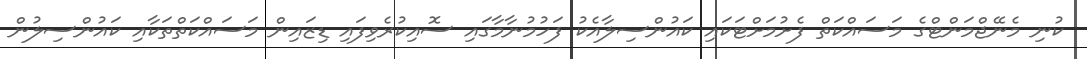
ކުނި މެނޭޖްމަންޓްގެ މަސައްކަތް ފެށުމަށްޓަކައި ކައުންސިލާއެކު ފަހުމުނާމާގައި ސޮއިކުރެވިފައި ޑިޒައިން މަސައްކަތްތަކާއި ކައުންސިލުން